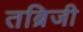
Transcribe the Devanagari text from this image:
तब्रिजी